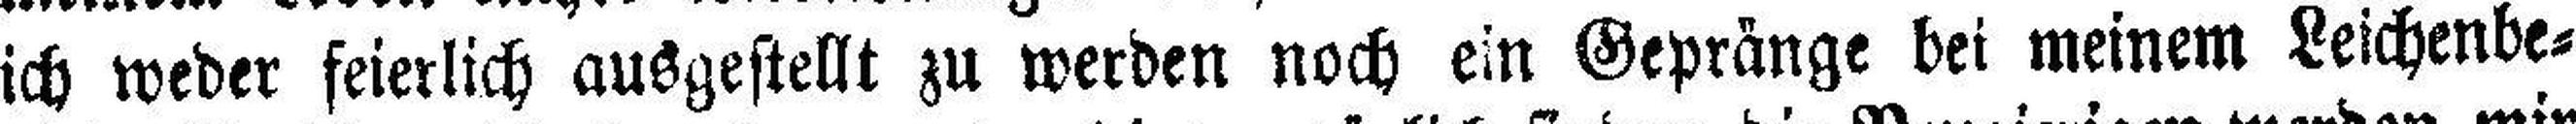
ich weder feierlich ausgestellt zu werden noch ein Gepränge bei meinem Leichenbe¬